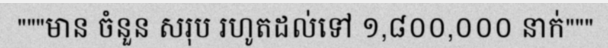
"""មាន ចំនួន សរុប រហូតដល់ទៅ ១,៨០០,០០០ នាក់"""